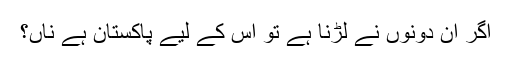
اگر ان دونوں نے لڑنا ہے تو اس کے لیے پاکستان ہے ناں؟